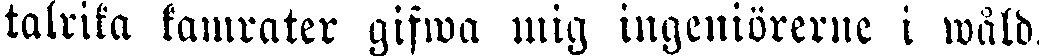
talrika kamrater gifwa mig ingeniörerne i wåld.